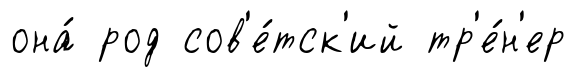
она́ род сов'е́тск'ий тр'е́н'ер